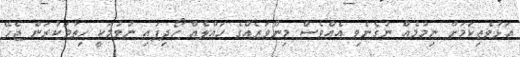
އަޅުވެތިކަމަށް ނިމުމެއް ނުގެނެވި އެއްވެސް މިންވަރެއްގެ ހައްލެއް ހޯދިފައި ނުވުމަކީ ހިތާމަކުރަން ޖެހޭ